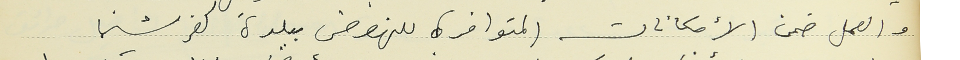
والعمل ضمن الأمكانات المتوافرة للنهوض ببلدة كفرشيما